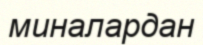
миналардан